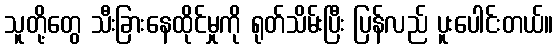
သူတို့တွေ သီးခြားနေထိုင်မှုကို ရုတ်သိမ်းပြီး ပြန်လည် ပူးပေါင်းတယ်။